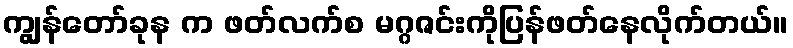
ကျွန်တော်ခုန က ဖတ်လက်စ မဂ္ဂဇင်းကိုပြန်ဖတ်နေလိုက်တယ်။